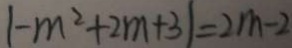
\vert - m ^ { 2 } + 2 m + 3 \vert = 2 m - 2